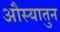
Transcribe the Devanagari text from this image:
औस्यातुन